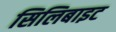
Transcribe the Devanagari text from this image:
सिलिबाइट